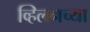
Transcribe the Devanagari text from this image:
व्हिलनच्या